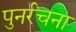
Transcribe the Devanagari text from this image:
पुनर्रंचना